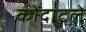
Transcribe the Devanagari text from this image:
कोंदाटले